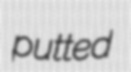
putted